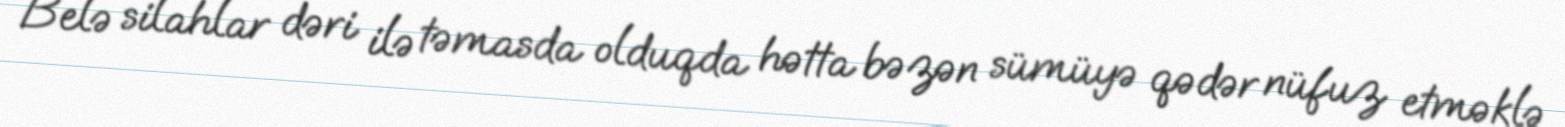
Belə silahlar dəri ilə təmasda olduqda hətta bəzən sümüyə qədər nüfuz etməklə